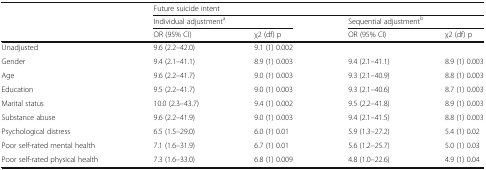
<table><thead><tr><td rowspan="3"></td><td colspan="4"><b>Future suicide intent</b></td></tr><tr><td colspan="2"><b>Individual adjustment<sup>a</sup></b></td><td colspan="2"><b>Sequential adjustment<sup>b</sup></b></td></tr><tr><td><b>OR (95% CI)</b></td><td><b>χ2 (df) p</b></td><td><b>OR (95% CI)</b></td><td><b>χ2 (df) p</b></td></tr></thead><tbody><tr><td>Unadjusted</td><td>9.6 (2.2–42.0)</td><td>9.1 (1) 0.002</td><td></td><td></td></tr><tr><td>Gender</td><td>9.4 (2.1–41.1)</td><td>8.9 (1) 0.003</td><td>9.4 (2.1–41.1)</td><td>8.9 (1) 0.003</td></tr><tr><td>Age</td><td>9.6 (2.2–41.7)</td><td>9.0 (1) 0.003</td><td>9.3 (2.1–40.9)</td><td>8.8 (1) 0.003</td></tr><tr><td>Education</td><td>9.5 (2.2–41.7)</td><td>9.0 (1) 0.003</td><td>9.3 (2.1–40.6)</td><td>8.7 (1) 0.003</td></tr><tr><td>Marital status</td><td>10.0 (2.3–43.7)</td><td>9.4 (1) 0.002</td><td>9.5 (2.2–41.8)</td><td>8.9 (1) 0.003</td></tr><tr><td>Substance abuse</td><td>9.6 (2.2–41.9)</td><td>9.0 (1) 0.003</td><td>9.4 (2.1–41.5)</td><td>8.8 (1) 0.003</td></tr><tr><td>Psychological distress</td><td>6.5 (1.5–29.0)</td><td>6.0 (1) 0.01</td><td>5.9 (1.3–27.2)</td><td>5.4 (1) 0.02</td></tr><tr><td>Poor self-rated mental health</td><td>7.1 (1.6–31.9)</td><td>6.7 (1) 0.01</td><td>5.6 (1.2–25.7)</td><td>5.0 (1) 0.03</td></tr><tr><td>Poor self-rated physical health</td><td>7.3 (1.6–33.0)</td><td>6.8 (1) 0.009</td><td>4.8 (1.0–22.6)</td><td>4.9 (1) 0.04</td></tr></tbody></table>